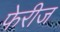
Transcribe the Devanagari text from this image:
फेरीज